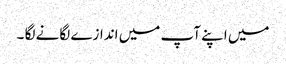
میں اپنے آپ میں اندازے لگانے لگا ۔